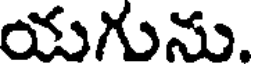
యగును.